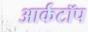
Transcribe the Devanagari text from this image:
आर्कटॉप